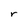
Character: r